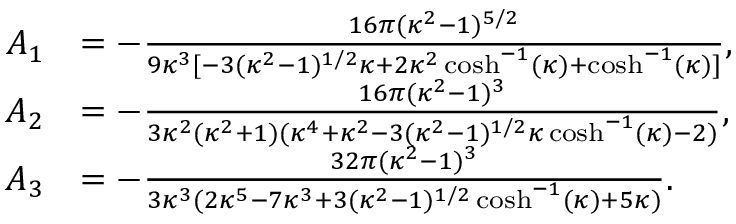
\begin{array} { r l } { A _ { 1 } } & { = - \frac { 1 6 \pi ( \kappa ^ { 2 } - 1 ) ^ { 5 / 2 } } { 9 \kappa ^ { 3 } [ - 3 ( \kappa ^ { 2 } - 1 ) ^ { 1 / 2 } \kappa + 2 \kappa ^ { 2 } \cosh ^ { - 1 } ( \kappa ) + \cosh ^ { - 1 } ( \kappa ) ] } , } \\ { A _ { 2 } } & { = - \frac { 1 6 \pi ( \kappa ^ { 2 } - 1 ) ^ { 3 } } { 3 \kappa ^ { 2 } ( \kappa ^ { 2 } + 1 ) ( \kappa ^ { 4 } + \kappa ^ { 2 } - 3 ( \kappa ^ { 2 } - 1 ) ^ { 1 / 2 } \kappa \cosh ^ { - 1 } ( \kappa ) - 2 ) } , } \\ { A _ { 3 } } & { = - \frac { 3 2 \pi ( \kappa ^ { 2 } - 1 ) ^ { 3 } } { 3 \kappa ^ { 3 } ( 2 \kappa ^ { 5 } - 7 \kappa ^ { 3 } + 3 ( \kappa ^ { 2 } - 1 ) ^ { 1 / 2 } \cosh ^ { - 1 } ( \kappa ) + 5 \kappa ) } . } \end{array}